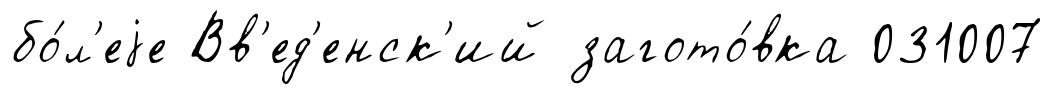
бо́л'еjе Вв'ед'енск'ий загото́вка 031007